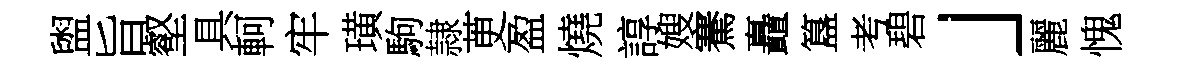
盥旨壑具軻牢璜駒隷茰盈燒諄嫂騫矗簋考碧」麗愧